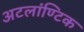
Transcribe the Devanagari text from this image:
अटलांण्टिक